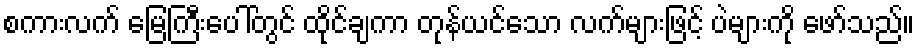
စကားလက် မြေကြီးပေါ်တွင် ထိုင်ချကာ တုန်ယင်သော လက်များဖြင့် ပဲများကို ဖော်သည်။